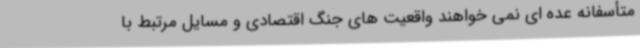
متأسفانه عده ای نمی خواهند واقعیت های جنگ اقتصادی و مسایل مرتبط با